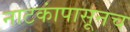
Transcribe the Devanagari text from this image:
नाटकांपासूनच